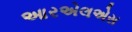
આરએલએસ